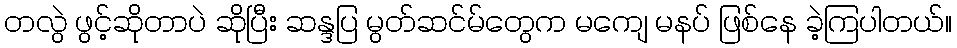
တလွဲ ဖွင့်ဆိုတာပဲ ဆိုပြီး ဆန္ဒပြ မွတ်ဆင်မ်တွေက မကျေ မနပ် ဖြစ်နေ ခဲ့ကြပါတယ်။